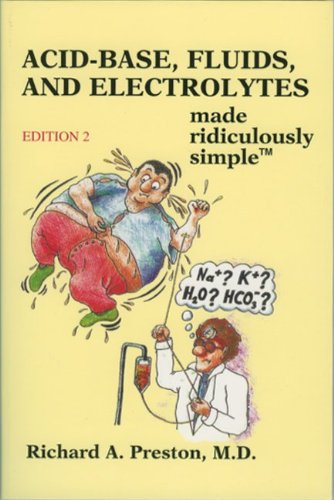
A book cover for Acid-Base, Fluids, and Electrolytes Made Ridiculously Simple; Richard A. Preston; Medical Books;